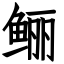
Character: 鲡